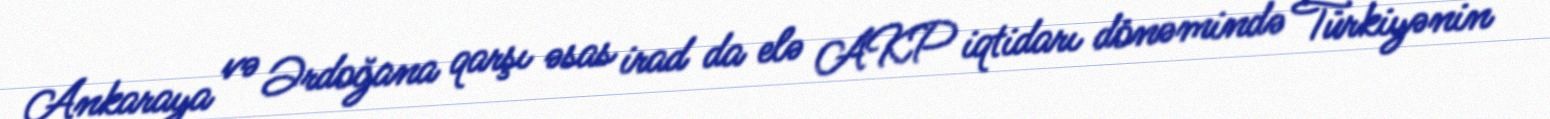
Ankaraya və Ərdoğana qarşı əsas irad da elə AKP iqtidarı dönəmində Türkiyənin